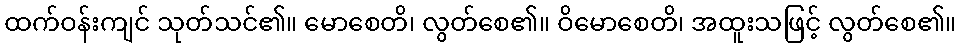
ထက်ဝန်းကျင် သုတ်သင်၏။ မောစေတိ၊ လွတ်စေ၏။ ဝိမောစေတိ၊ အထူးသဖြင့် လွတ်စေ၏။